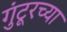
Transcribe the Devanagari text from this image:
गुंटूरच्या